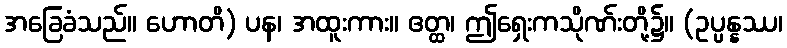
အခြေခံသည်။ ဟောတိ) ပန၊ အထူးကား။ ဧတ္ထ၊ ဤရှေးကသိုဏ်းတို့၌။ (ဥပ္ပန္နဿ၊